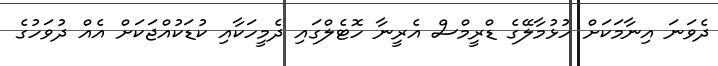
ދެވަނަ އިނާމަކަށް ހުޅުމާލޭގެ ޑްރީމްސް އެރީނާ ހޮޓެލްގައި ދެމީހަކާއި ކުޑަކުއްޖަކަށް އެއް ދުވަހުގެ